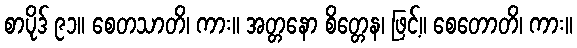
စာပိုဒ် ၉၁။ စေတသာတိ၊ ကား။ အတ္တနော စိတ္တေန၊ ဖြင့်။ စေတောတိ၊ ကား။